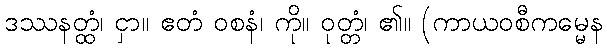
ဒဿနတ္ထံ၊ ငှာ။ ဧတံ ဝစနံ၊ ကို။ ဝုတ္တံ၊ ၏။ (ကာယဝစီကမ္မေန